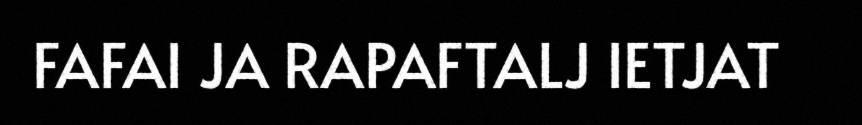
FAFAI JA RAPAFTALJ IETJAT